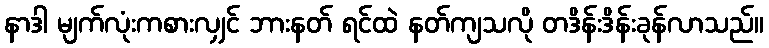
နာဒါ မျက်လုံးကစားလျှင် ဘားနတ် ရင်ထဲ နတ်ကျသလို တဒိန်းဒိန်းခုန်လာသည်။